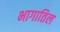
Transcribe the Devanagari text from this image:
भागातिल